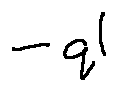
- q l